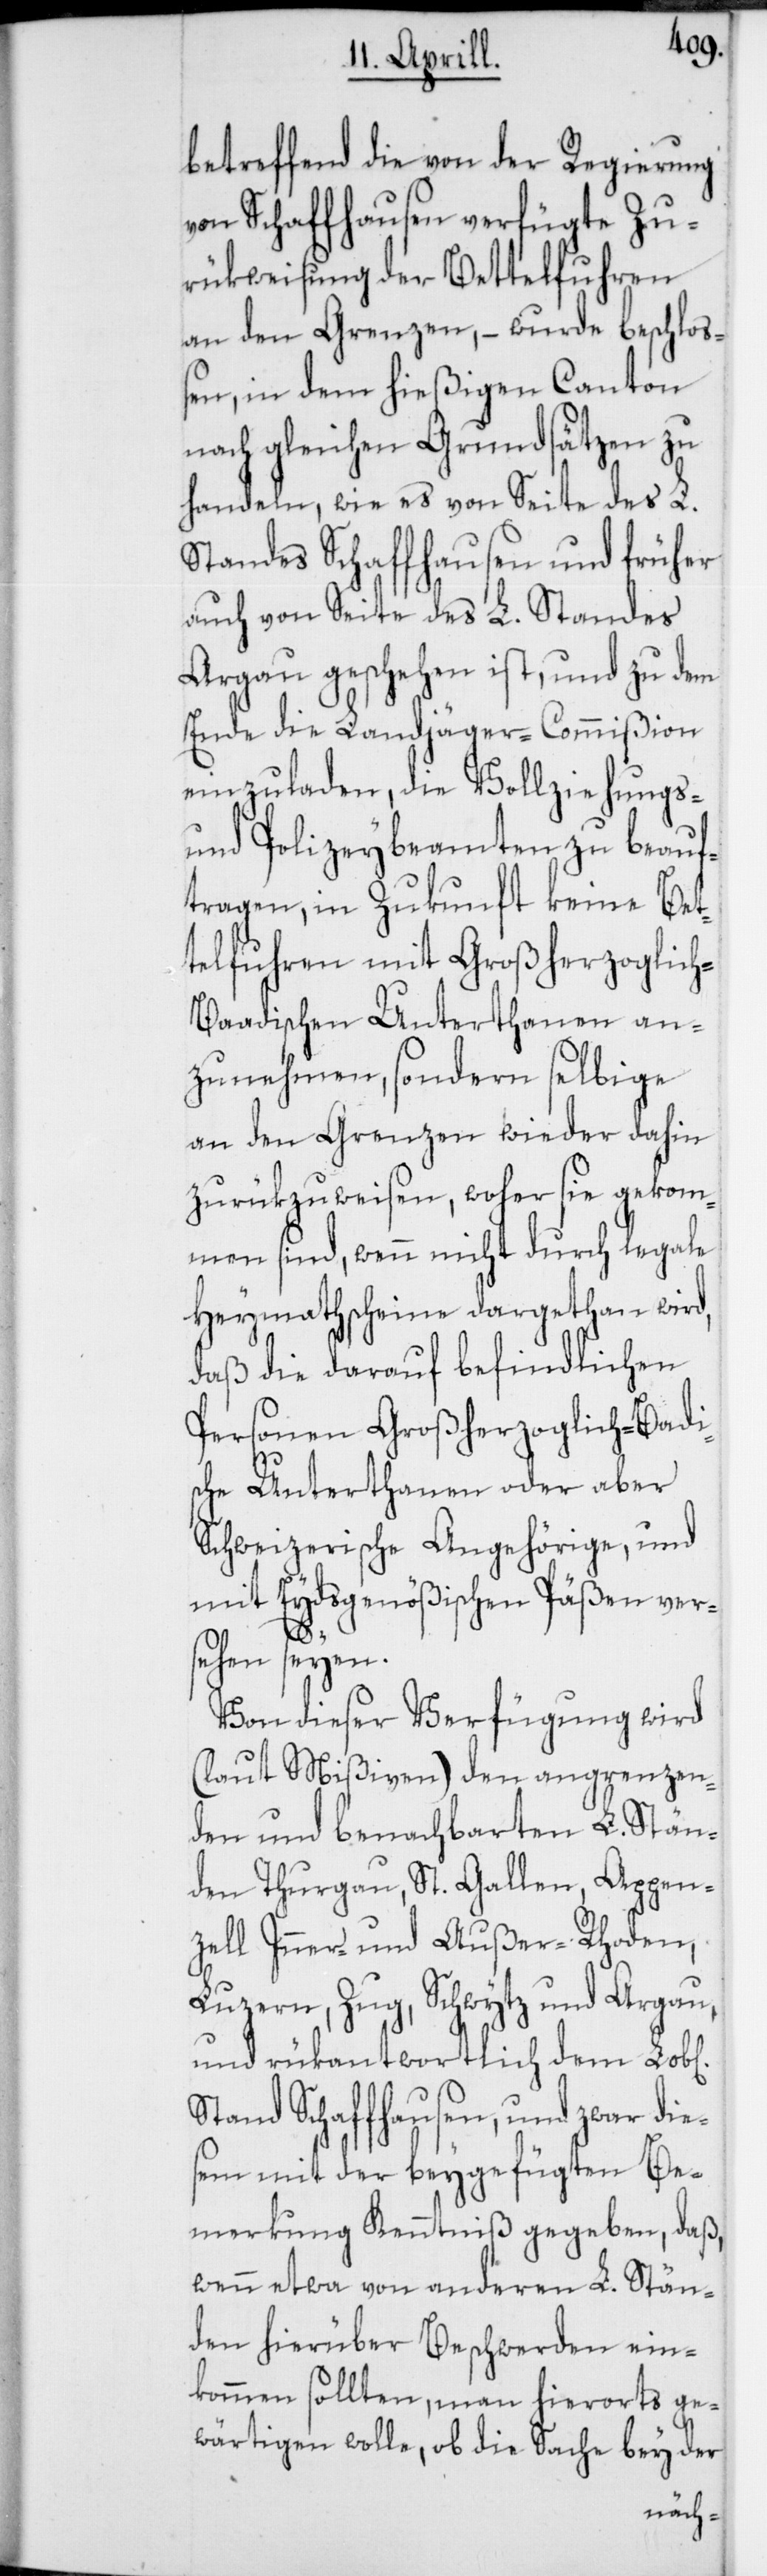
betreffend die von der Regierung
von Schaffhausen verfügte Zu¬
rükweisung der Bettelfuhren
an den Grenzen, – wurde beschloß¬
en, in dem hießigen Canton
nach gleichen Grundsätzen zu
handeln, wie es von Seite des L.
Standes Schaffhausen und früher
auch von Seite des L. Standes
Argau geschehen ist, und zu dem
Ende die Landjäger-Commißion
einzuladen, die Vollziehungs-
und Polizeybeamten zu beauf¬
tragen, in Zukunft keine Bet¬
telfuhren mit Großherzoglic¬
h-Baadischen Unterthanen an¬
zunehmen, sondern selbige
an den Grenzen wieder dahin
zurükzuweisen, woher sie gekom¬
men sind, wenn nicht durch legale
Heymathscheine dargethan wird,
daß die daruf befindlichen
Personen Großherzoglich-Baadi¬
sche Unterthanen oder aber
Schweizerische Angehörige, und
mit Eydsgenößischen Päßen ver¬
sehen seyen.
Von dieser Verfügung wird
(laut Mißiven) den angrenzen¬
den und benachbarten L. Stän¬
den Thurgau, St. Gallen, Appen¬
zell Inner- und Außer-Rhoden,
Luzern, Zug, Schwytz und Argau,
und rükantwortlich dem Lobl.
Stand Schaffhausen, und zwar die¬
sem mit der beygefügten Be¬
merkung Kenntniß gegeben, daß,
wenn etwa von anderen L. Stän¬
den hierüber Beschwerden ein¬
kommen sollten, man hierorts ge¬
wärtigen wolle, ob die Sache bey der